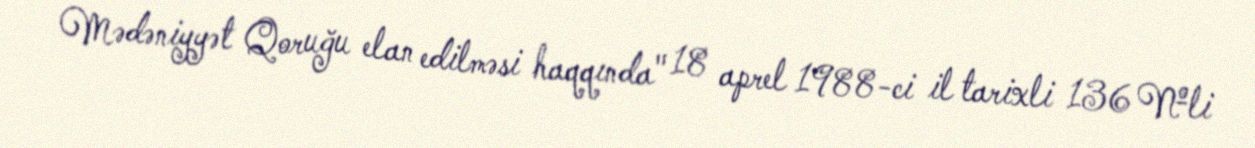
Mədəniyyət Qoruğu elan edilməsi haqqında" 18 aprel 1988-ci il tarixli 136 №li